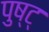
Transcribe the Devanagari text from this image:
पुष्ट्